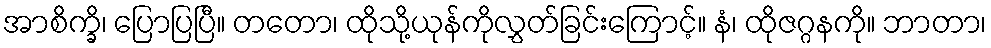
အာစိက္ခိ၊ ပြောပြပြီ။ တတော၊ ထိုသို့ယုန်ကိုလွှတ်ခြင်းကြောင့်။ နံ၊ ထိုဇဂ္ဂနကို။ ဘာတာ၊